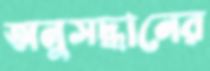
অনুসদ্ধানের